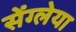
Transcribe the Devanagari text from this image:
सेंग्लेया